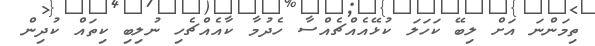
ތިމަންނަ އަށް ލިބޭ ކަހަލަ ކުޅޭއެއްޗެއްސާ ހެދުމާ ކާއެއްޗެހި ނުލިބި ކިތައް ކުދިން